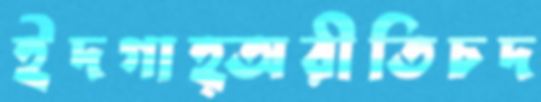
ইদগাহ্‌অরীতিচদ